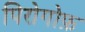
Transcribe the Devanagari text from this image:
पिरोगोफ़